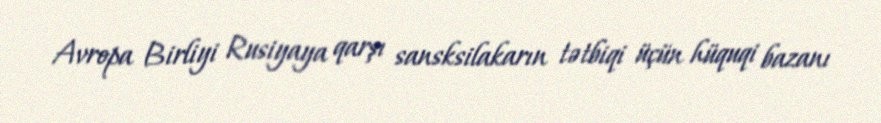
Avropa Birliyi Rusiyaya qarşı sansksilakarın tətbiqi üçün hüquqi bazanı